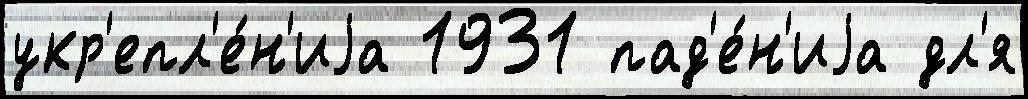
укр'епл'е́н'иjа 1931 пад'е́н'иjа дл'я